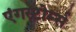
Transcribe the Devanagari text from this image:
एंगस्टोर्म्स